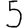
Digit: 5